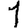
Digit: 1